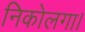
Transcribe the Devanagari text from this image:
निकोलगा।